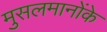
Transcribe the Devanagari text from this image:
मुसलमानोंके